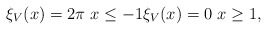
\begin{align*}\xi _V(x)=2\pi\ x\leq -1 \xi _V(x)=0\ x\geq 1,\end{align*}